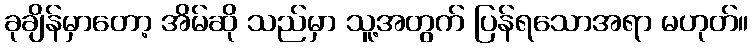
ခုချိန်မှာတော့ အိမ်ဆို သည်မှာ သူ့အတွက် ပြန်ရသောအရာ မဟုတ်။